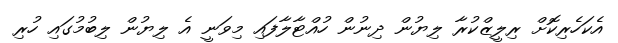
އެކަހެރިކޮށް ރިލީޒްކުރާ ލިޔުން ދިނުން ހުއްޓާލާފައި މިވަނީ އެ ލިޔުން ލިބުމުގައި ހުރި